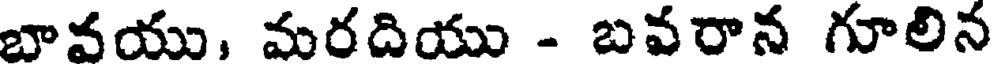
బావయు, మరదియు - బవరాన గూలిన